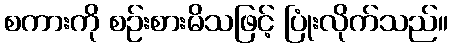
စကားကို စဉ်းစားမိသဖြင့် ပြုံးလိုက်သည်။